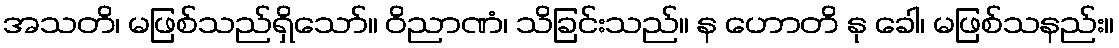
အသတိ၊ မဖြစ်သည်ရှိသော်။ ဝိညာဏံ၊ သိခြင်းသည်။ န ဟောတိ နု ခေါ၊ မဖြစ်သနည်း။